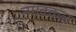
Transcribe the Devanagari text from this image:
नमक्कळ